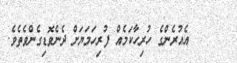
٢٠      އެއުރެންގެ ހުރިހާކަމެއް ފުރިހަމަޔަށް ދެނެވޮޑިގެންވެތެވެ.